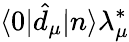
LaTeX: \langle 0|\hat{d}_{\mu}|n\rangle\lambda_{\mu}^{*}